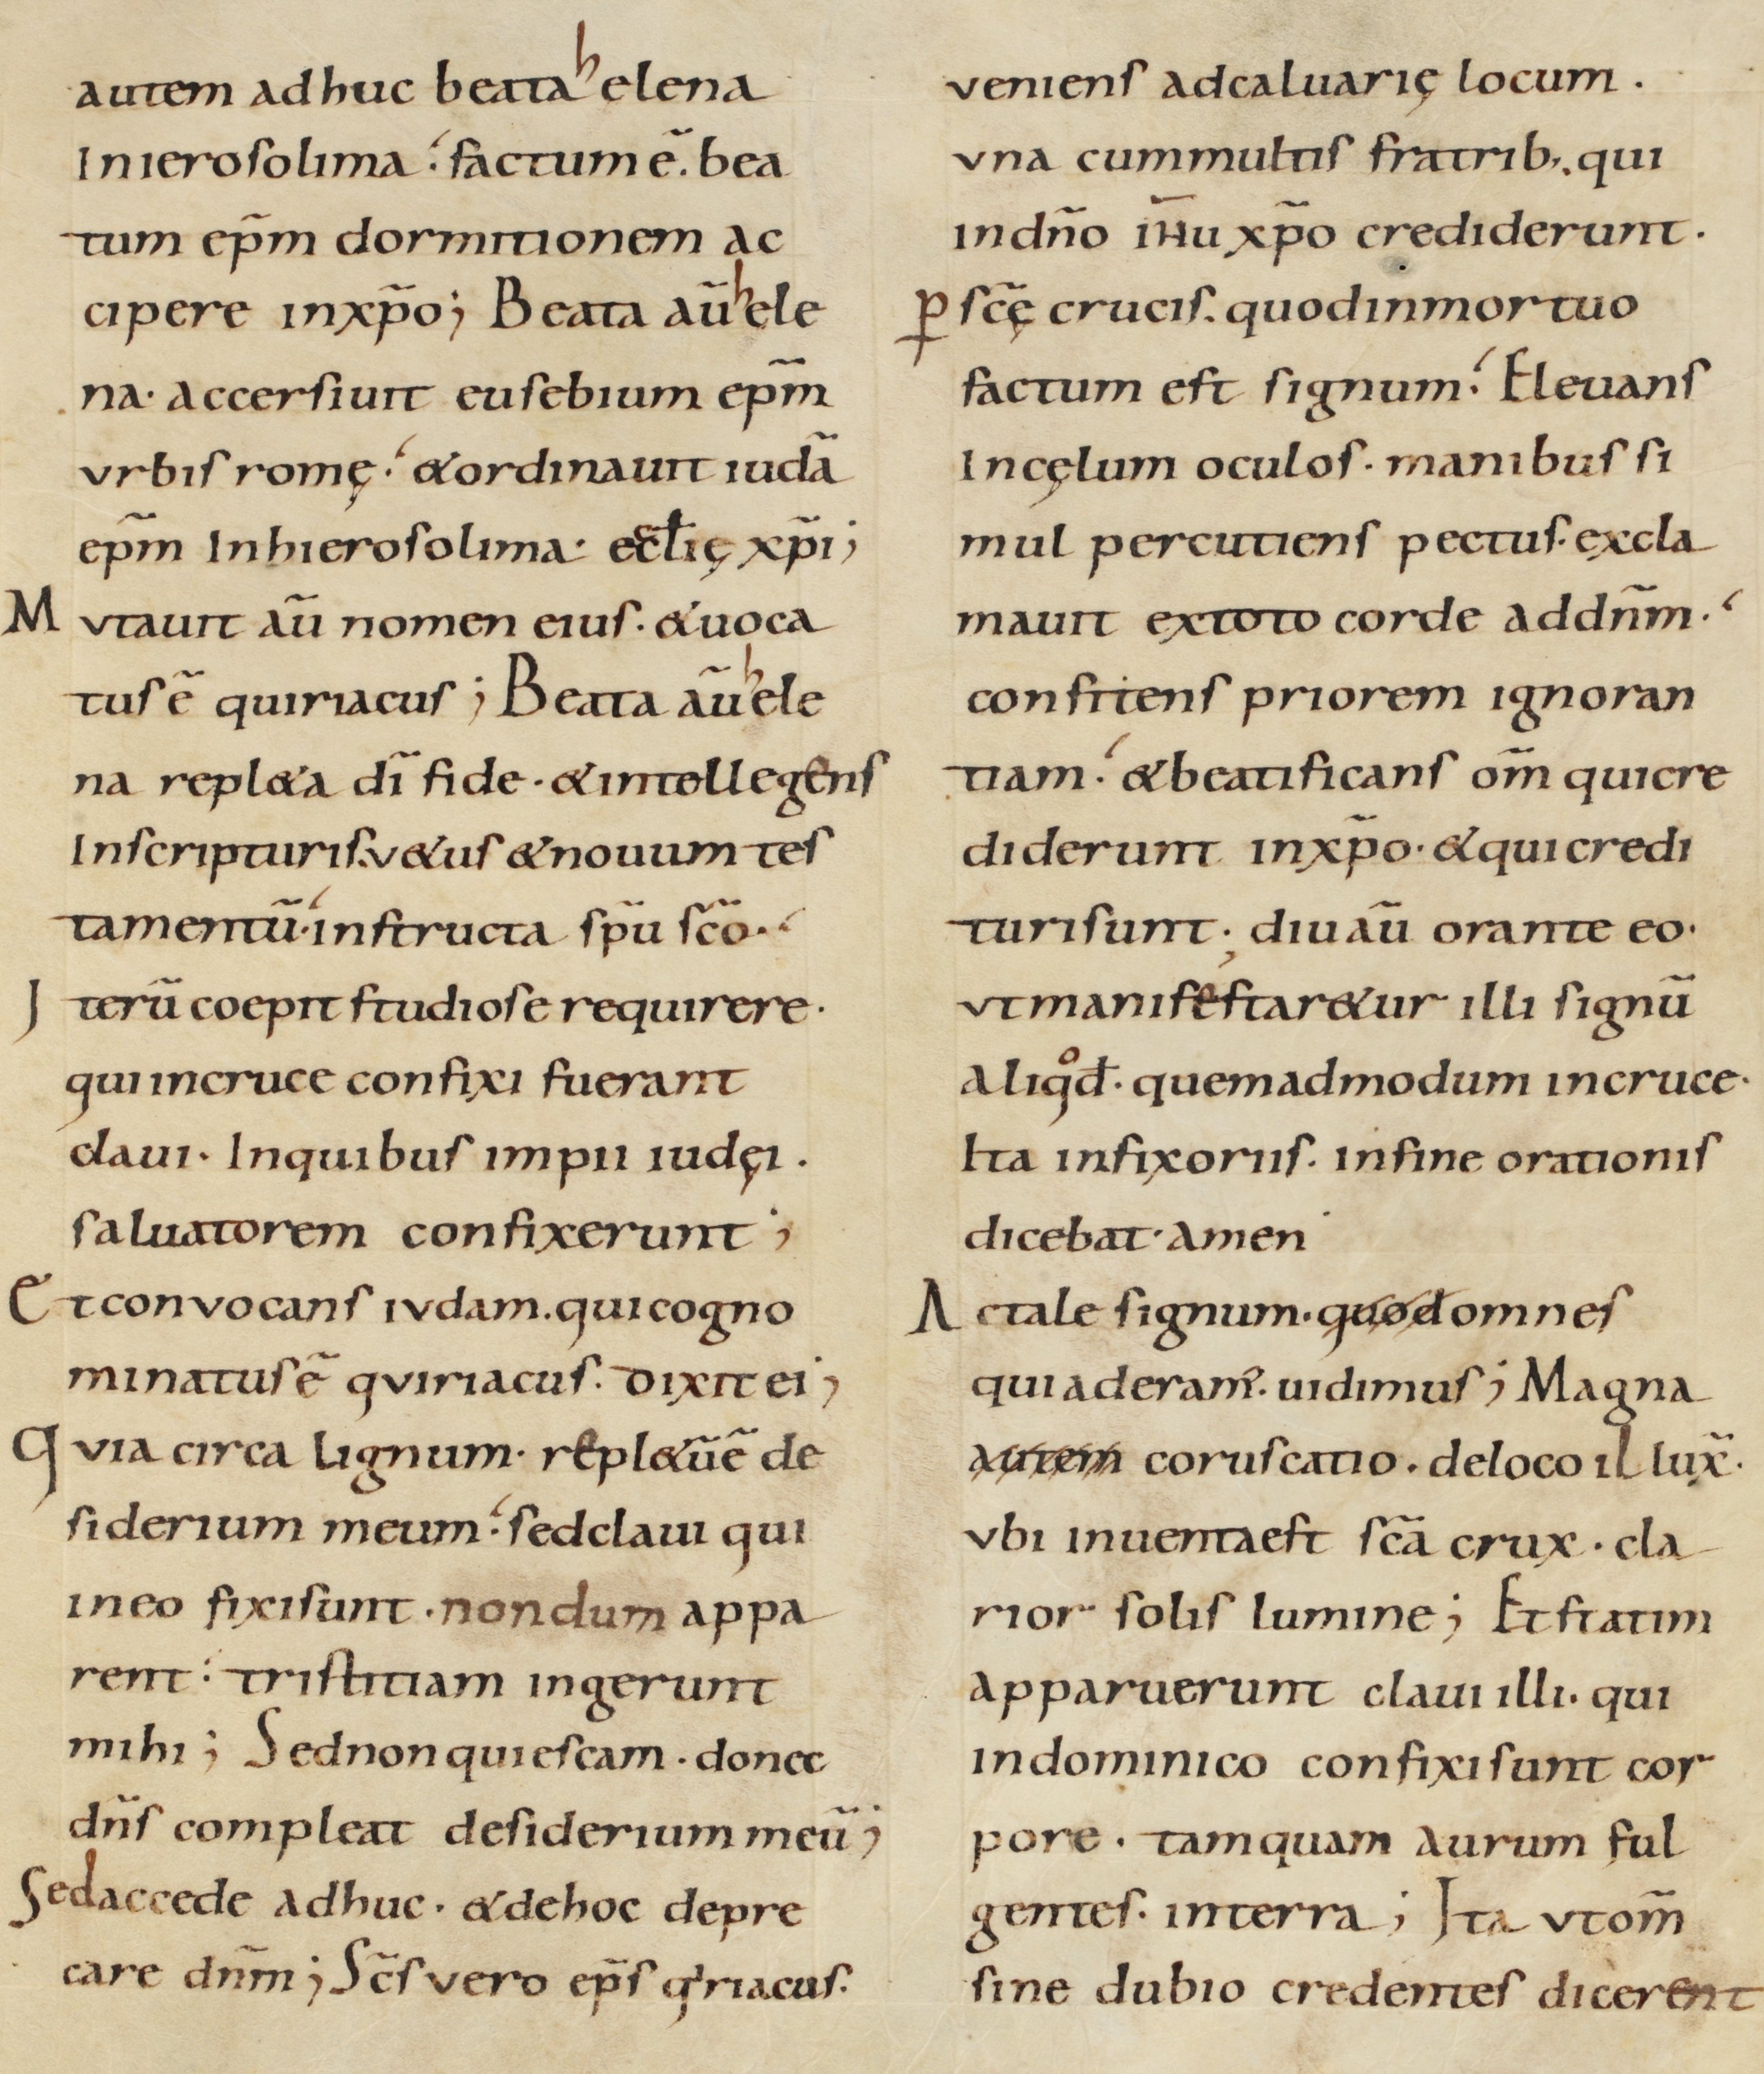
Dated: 900–930